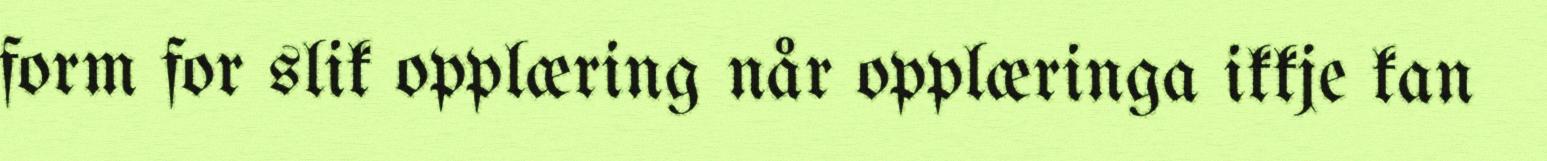
form for slik opplæring når opplæringa ikkje kan